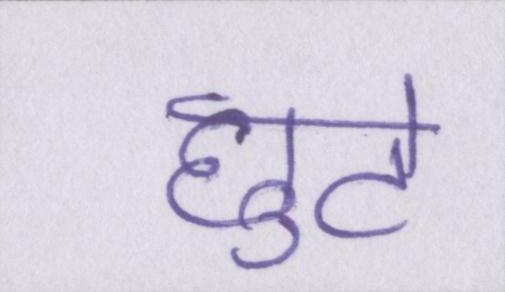
छुटे